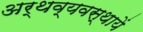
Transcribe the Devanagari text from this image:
अर्थव्यवस्थायें